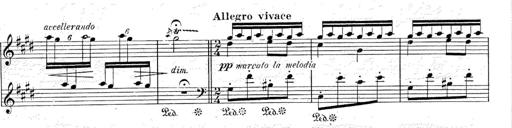
Title: Le rossignol
Composer: Franz Liszt